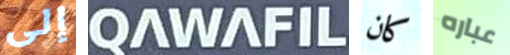
إلى QAWAFIL كان عباره